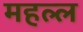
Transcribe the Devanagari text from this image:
महल्ल